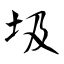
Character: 圾